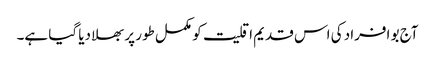
آج بو افراد کی اس قدیم اقلیت کو مکمل طور پر بھلا دیا گیا ہے۔